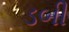
ડબી